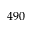
4 9 0